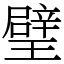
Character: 𤩹